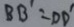
B B ^ { \prime } = D D ^ { \prime }